Civil Veterinary Dept. Bombay admin report 1923-31 - 1923-1931
Year: 1923
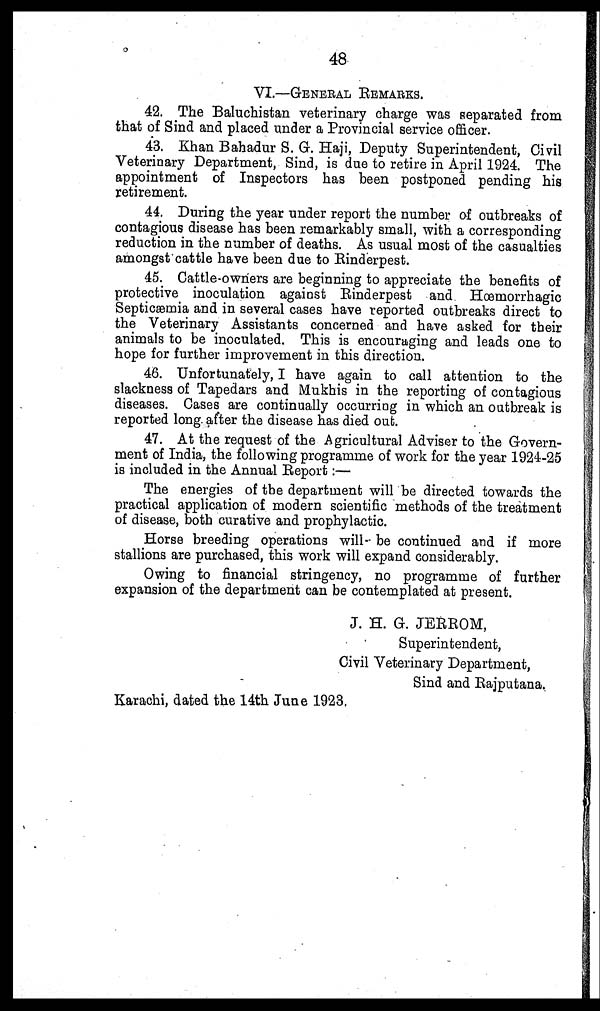
48
VI.—GENERAL REMARKS.
42. The Baluchistan veterinary charge was separated from
that of Sind and placed under a Provincial service officer.
43. Khan Bahadur S. G. Haji, Deputy Superintendent, Civil
Veterinary Department, Sind, is due to retire in April 1924. The
appointment of Inspectors has been postponed pending his
retirement.
44. During the year under report the number of outbreaks of
contagious disease has been remarkably small, with a corresponding
reduction in the number of deaths. As usual most of the casualties
amongst cattle have been due to Rinderpest.
45. Cattle-owners are beginning to appreciate the benefits of
protective inoculation against Rinderpest and Hœmorrhagic
Septicæmia and in several cases have reported outbreaks direct to
the Veterinary Assistants concerned and have asked for their
animals to be inoculated. This is encouraging and leads one to
hope for further improvement in this direction.
46. Unfortunately, I have again to call attention to the
slackness of Tapedars and Mukhis in the reporting of contagious
diseases. Cases are continually occurring in which an outbreak is
reported long after the disease has died out.
47. At the request of the Agricultural Adviser to the Govern-
ment of India, the following programme of work for the year 1924-25
is included in the Annual Report:—
The energies of the department will be directed towards the
practical application of modern scientific methods of the treatment
of disease, both curative and prophylactic.
Horse breeding operations will be continued and if more
stallions are purchased, this work will expand considerably.
Owing to financial stringency, no programme of further
expansion of the department can be contemplated at present.
J. H. G. JERROM,
Superintendent,
Civil Veterinary Department,
Sind and Rajputana.
Karachi, dated the 14th June 1923.